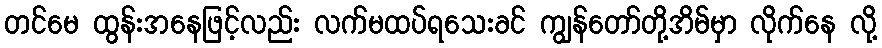
တင်မေ ထွန်းအနေဖြင့်လည်း လက်မထပ်ရသေးခင် ကျွန်တော်တို့အိမ်မှာ လိုက်နေ လို့